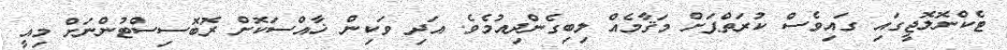
ޓެކްނޮލޮޖީގައި ގައިވެސް ކުރަތްޕަށް މަޤާމެއް ލިބިގެންދިއުމެވެ. އަދި ވަކިން ޚާއްސަކޮށް ރޮބޮސިސްޓުންނަށް މިއީ